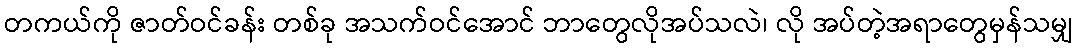
တကယ်ကို ဇာတ်ဝင်ခန်း တစ်ခု အသက်ဝင်အောင် ဘာတွေလိုအပ်သလဲ၊ လို အပ်တဲ့အရာတွေမှန်သမျှ